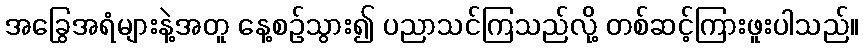
အခြွေအရံများနဲ့အတူ နေ့စဉ်သွား၍ ပညာသင်ကြသည်လို့ တစ်ဆင့်ကြားဖူးပါသည်။